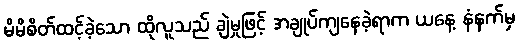
မိမိစိတ်ထင့်ခဲ့သော ထိုလူသည် ချဲမှုဖြင့် အချုပ်ကျနေခဲ့ရာက ယနေ့ နံနက်မှ